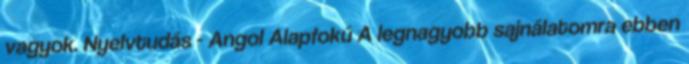
vagyok. Nyelvtudás - Angol Alapfokú A legnagyobb sajnálatomra ebben